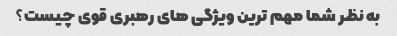
به نظر شما مهم ترین ویژگی های رهبری قوی چیست؟